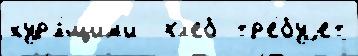
кур'я́щим'и  хл'еб тр'е́буjет